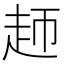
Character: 䞙